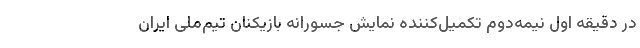
در دقیقه اول نیمه‌دوم تکمیل‌کننده نمایش جسورانه بازیکنان تیم‌ملی ایران